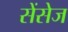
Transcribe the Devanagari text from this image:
सेंसेज